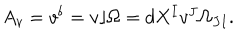
A _ { v } = v ^ { \flat } = v \rfloor \Omega = d X ^ { I } v ^ { J } \Omega _ { J I } .